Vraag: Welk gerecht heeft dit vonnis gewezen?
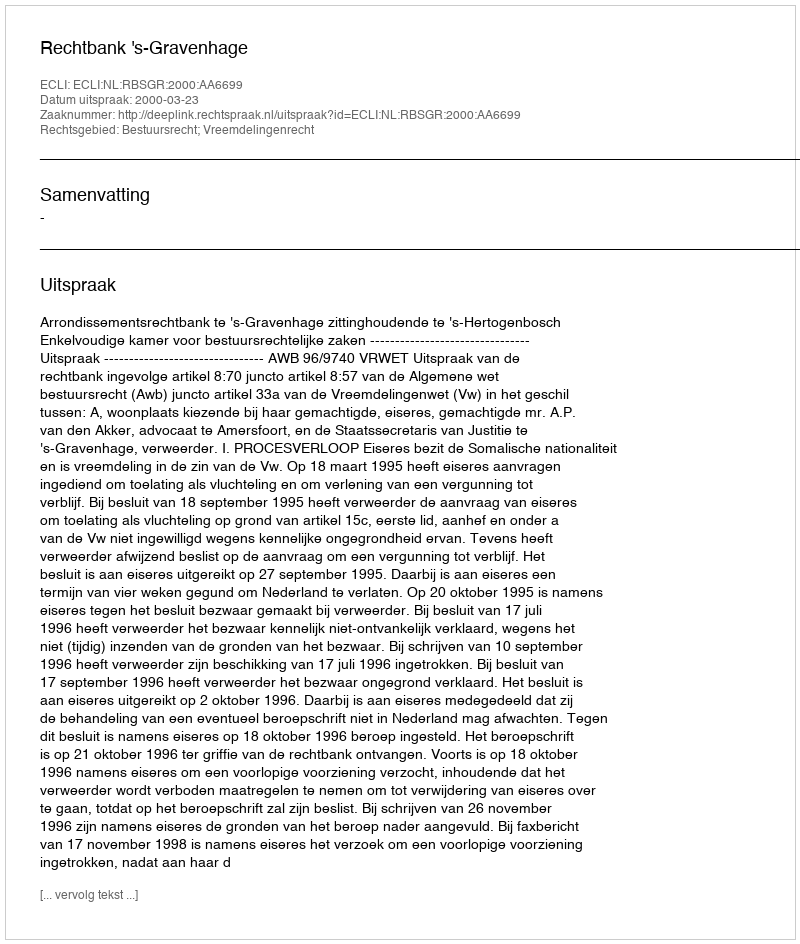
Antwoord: Rechtbank 's-Gravenhage